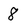
Character: 8